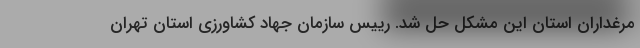
مرغداران استان این مشکل حل شد. رییس سازمان جهاد کشاورزی استان تهران